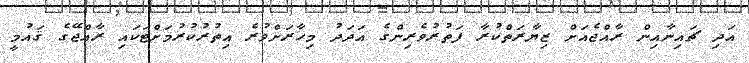
އަދި ޗައިނާއިން ރާއްޖެއަށް ޒިޔާރަތްކުރާ ފަތުރުވެރިންގެ އަދަދު މިހާރަށްވުރެ އިތުރުކުރުމަށްޓަކައި ރާއްޖޭގެ ޤައުމީ